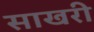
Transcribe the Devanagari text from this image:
साखरी